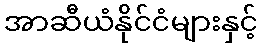
အာဆီယံနိုင်ငံများနှင့်